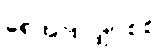
ရေအားလျှပ်စစ်